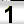
Digit: 1